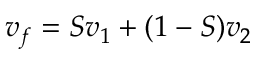
\boldsymbol { v } _ { f } = S \boldsymbol { v } _ { 1 } + ( 1 - S ) \boldsymbol { v } _ { 2 }